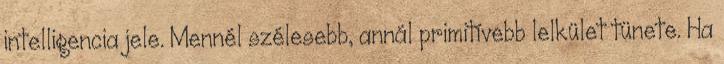
intelligencia jele. Mennél szélesebb, annál primitívebb lelkület tünete. Ha